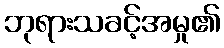
ဘုရားသခင့်အမှု၏